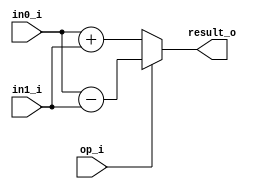
// This program was cloned from: https://github.com/mbaykenar/digital-logic-design
// License: Apache License 2.0

`timescale 1ns / 1ps
//////////////////////////////////////////////////////////////////////////////////
// Company: 
// Engineer: 
// 
// Design Name: 
// Module Name: add_sub_8bit
// Project Name: 
// Target Devices: 
// Tool Versions: 
// Description: 
// 
// Dependencies: 
// 
// Revision:
// Revision 0.01 - File Created
// Additional Comments:
// 
//////////////////////////////////////////////////////////////////////////////////


module add_sub_8bit
(
input [7:0] in0_i,
input [7:0] in1_i,
input op_i,
output [7:0] result_o
);

reg [7:0] result;

always @(in0_i, in1_i, op_i) begin
    if (op_i == 1'b0) begin
        result = in0_i + in1_i;
    end
    else begin
        result = in0_i - in1_i;
    end
end

assign result_o = result; 

endmodule